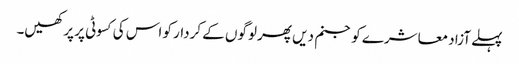
پہلے آزاد معاشرے کو جنم دیں پھر لوگوں کے کردار کو اس کی کسوٹی پر پرکھیں۔